Vaccination in Bombay 1924-1928 - 1924-1928
Year: 1924
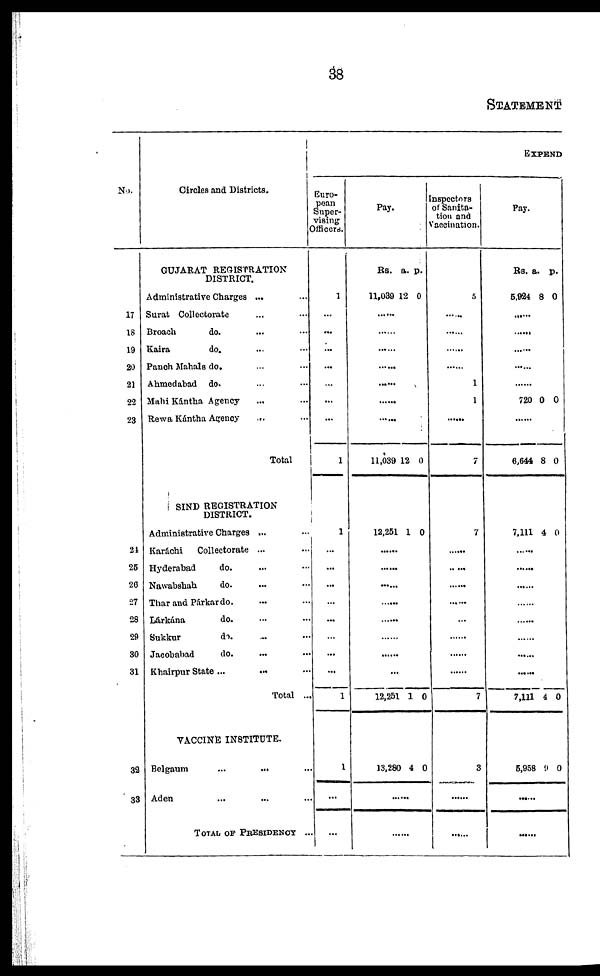
38
STATEMENT
No.
17
18
19
20
21
22
23
24
25
28
27
28
29
30
31
32
33
Circles and Districts.
GUJARAT REGISTRATION
DISTRICT.
Administrative Charges ... ...
Surat Collectorate ... ...
Broach
do. ... ...
Kaira
do. ... ...
Panch Mahals do. ... ...
Ahmedabad do. ... ...
Mahi Kántha Agency ... ...
Rewa Kántha Agency
... ...
Total
SIND REGISTRATION
DISTRICT.
Administrative Charges ... ...
Karáchi
Collectorate ... ...
Hyderabad
do. ... ...
Nawabshah
do. ... ...
Thar and Párkar do. ... ...
Lárkána
do. ... ...
Sukkur
do.
Jacobabad
do. ... ...
Khairpur State ... ...
Total ...
VACCINE INSTITUTE.
Belgaum
...
...
...
Aden ... ... ...
TOTAL OF PRESIDENCY ...
EXPEND
Euro-
pean
Super-
vising
Officers.
1
...
...
...
...
...
...
...
1
1
...
...
...
...
...
...
...
...
1
1
...
...
Pay.
Rs.
11,039
a.
12
p.
0
......
......
......
......
......
......
......
11,039 12 0
12,251 1 0
......
......
...
......
......
......
...
12,251 1 0
13,280 4 0
......
......
Inspectors
of Sanita-
tion and
Vaccination.
5
......
......
......
......
1
1
......
7
7
......
......
......
......
......
......
......
7
3
......
......
Pay.
Rs.
5,924
a.
8
p.
0
.....
......
......
......
......
720 0 0
......
6,644 8 0
7,111 4 0
......
......
......
......
......
......
......
7,111 4 0
5,958 9 0
......
......